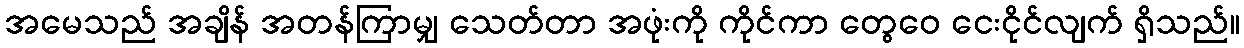
အမေသည် အချိန် အတန်ကြာမျှ သေတ်တာ အဖုံးကို ကိုင်ကာ တွေဝေ ငေးငိုင်လျက် ရှိသည်။